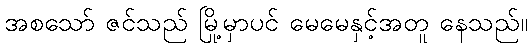
အစသော် ဇင်သည် မြို့မှာပင် မေမေနှင့်အတူ နေသည်။